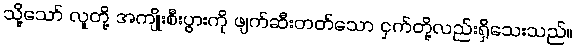
သို့သော် လူတို့ အကျိုးစီးပွားကို ဖျက်ဆီးတတ်သော ငှက်တို့လည်းရှိသေးသည်။